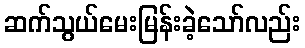
ဆက်သွယ်မေးမြန်းခဲ့သော်လည်း